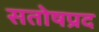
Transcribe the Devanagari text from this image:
सतोषप्रद